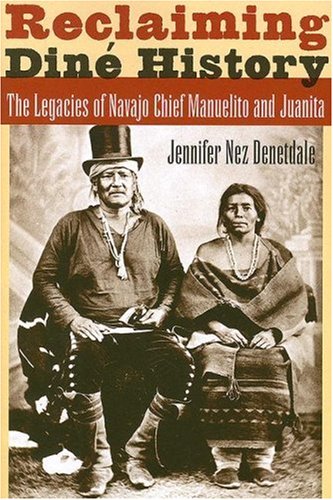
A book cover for Reclaiming DinÃ© History: The Legacies of Navajo Chief Manuelito and Juanita; Jennifer Nez Denetdale; Biographies & Memoirs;